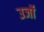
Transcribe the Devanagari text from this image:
उर्जो